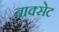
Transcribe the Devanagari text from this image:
बाक्सेट